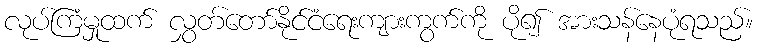
လုပ်ကြံမှုထက် လွှတ်တော်နိုင်ငံရေးကျားကွက်ကို ပို၍ အားသန်နေပုံရသည်။